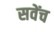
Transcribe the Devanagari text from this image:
सवेंच